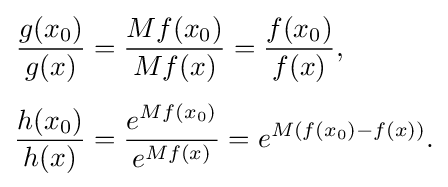
{\begin{aligned}{\frac {g(x_{0})}{g(x)}}&={\frac {Mf(x_{0})}{Mf(x)}}={\frac {f(x_{0})}{f(x)}},\\[4pt]{\frac {h(x_{0})}{h(x)}}&={\frac {e^{Mf(x_{0})}}{e^{Mf(x)}}}=e^{M(f(x_{0})-f(x))}.\end{aligned}}